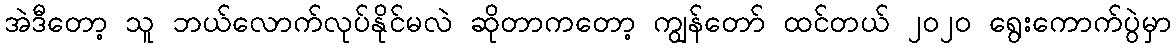
အဲဒီတော့ သူ ဘယ်လောက်လုပ်နိုင်မလဲ ဆိုတာကတော့ ကျွန်တော် ထင်တယ် ၂ဝ၂ဝ ရွေးကောက်ပွဲမှာ